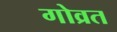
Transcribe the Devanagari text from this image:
गोव्रत